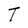
Character: T